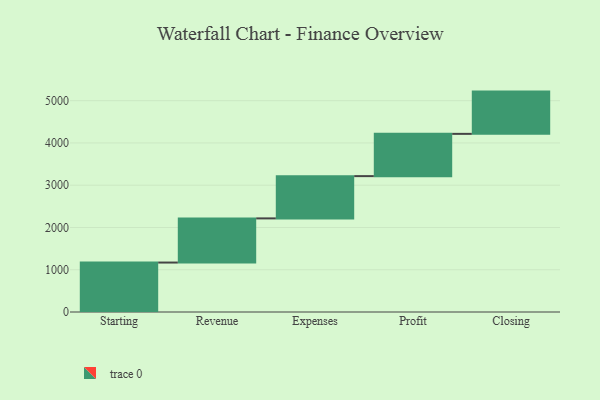
{"axis": {"x": "Step", "y": "Value"}, "legend": [""], "data": [{"x": "Starting", "y": 1170.0, "type": ""}, {"x": "Revenue", "y": 1045.0, "type": ""}, {"x": "Expenses", "y": 1000, "type": ""}, {"x": "Profit", "y": 1000, "type": ""}, {"x": "Closing", "y": 1000, "type": ""}]}